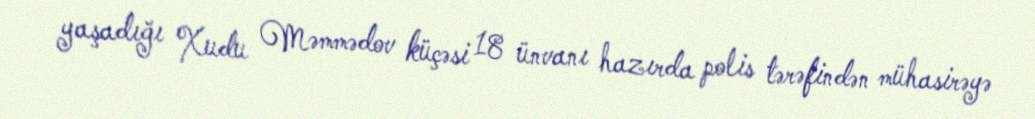
yaşadığı Xudu Məmmədov küçəsi 18 ünvanı hazırda polis tərəfindən mühasirəyə